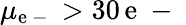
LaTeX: \mu_{\mathrm{e}\mathrm{{~-~}}}>30\, \mathrm{e}\mathrm{{~-~}}